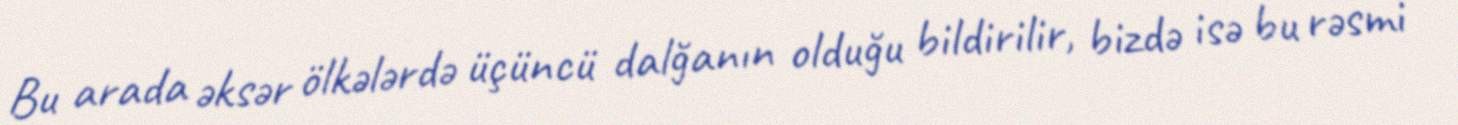
Bu arada əksər ölkələrdə üçüncü dalğanın olduğu bildirilir, bizdə isə bu rəsmi